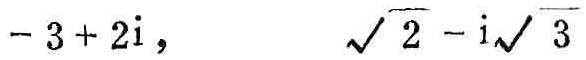
\(-3 + 2\mathrm{i}\)，\(\sqrt{2} - \mathrm{i}\sqrt{3}\)